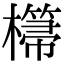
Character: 𣞂